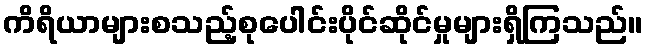
ကိရိယာများစသည့်စုပေါင်းပိုင်ဆိုင်မှုများရှိကြသည်။